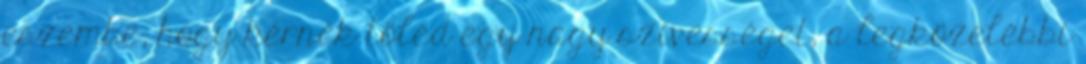
eszembe, hogy kérnék tőled egy nagy szívességet, a legközelebbi